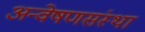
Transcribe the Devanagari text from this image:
अन्वेषणसंस्था